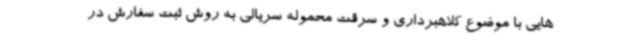
هایی با موضوع کلاهبرداری و سرقت محموله سریالی به روش ثبت سفارش در